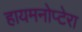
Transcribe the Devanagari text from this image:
हायमनोप्टेरा